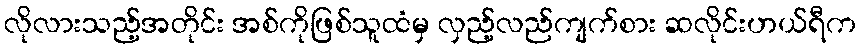
လိုလားသည့်အတိုင်း အစ်ကိုဖြစ်သူထံမှ လှည့်လည်ကျက်စား ဆလိုင်းဟယ်ရီက